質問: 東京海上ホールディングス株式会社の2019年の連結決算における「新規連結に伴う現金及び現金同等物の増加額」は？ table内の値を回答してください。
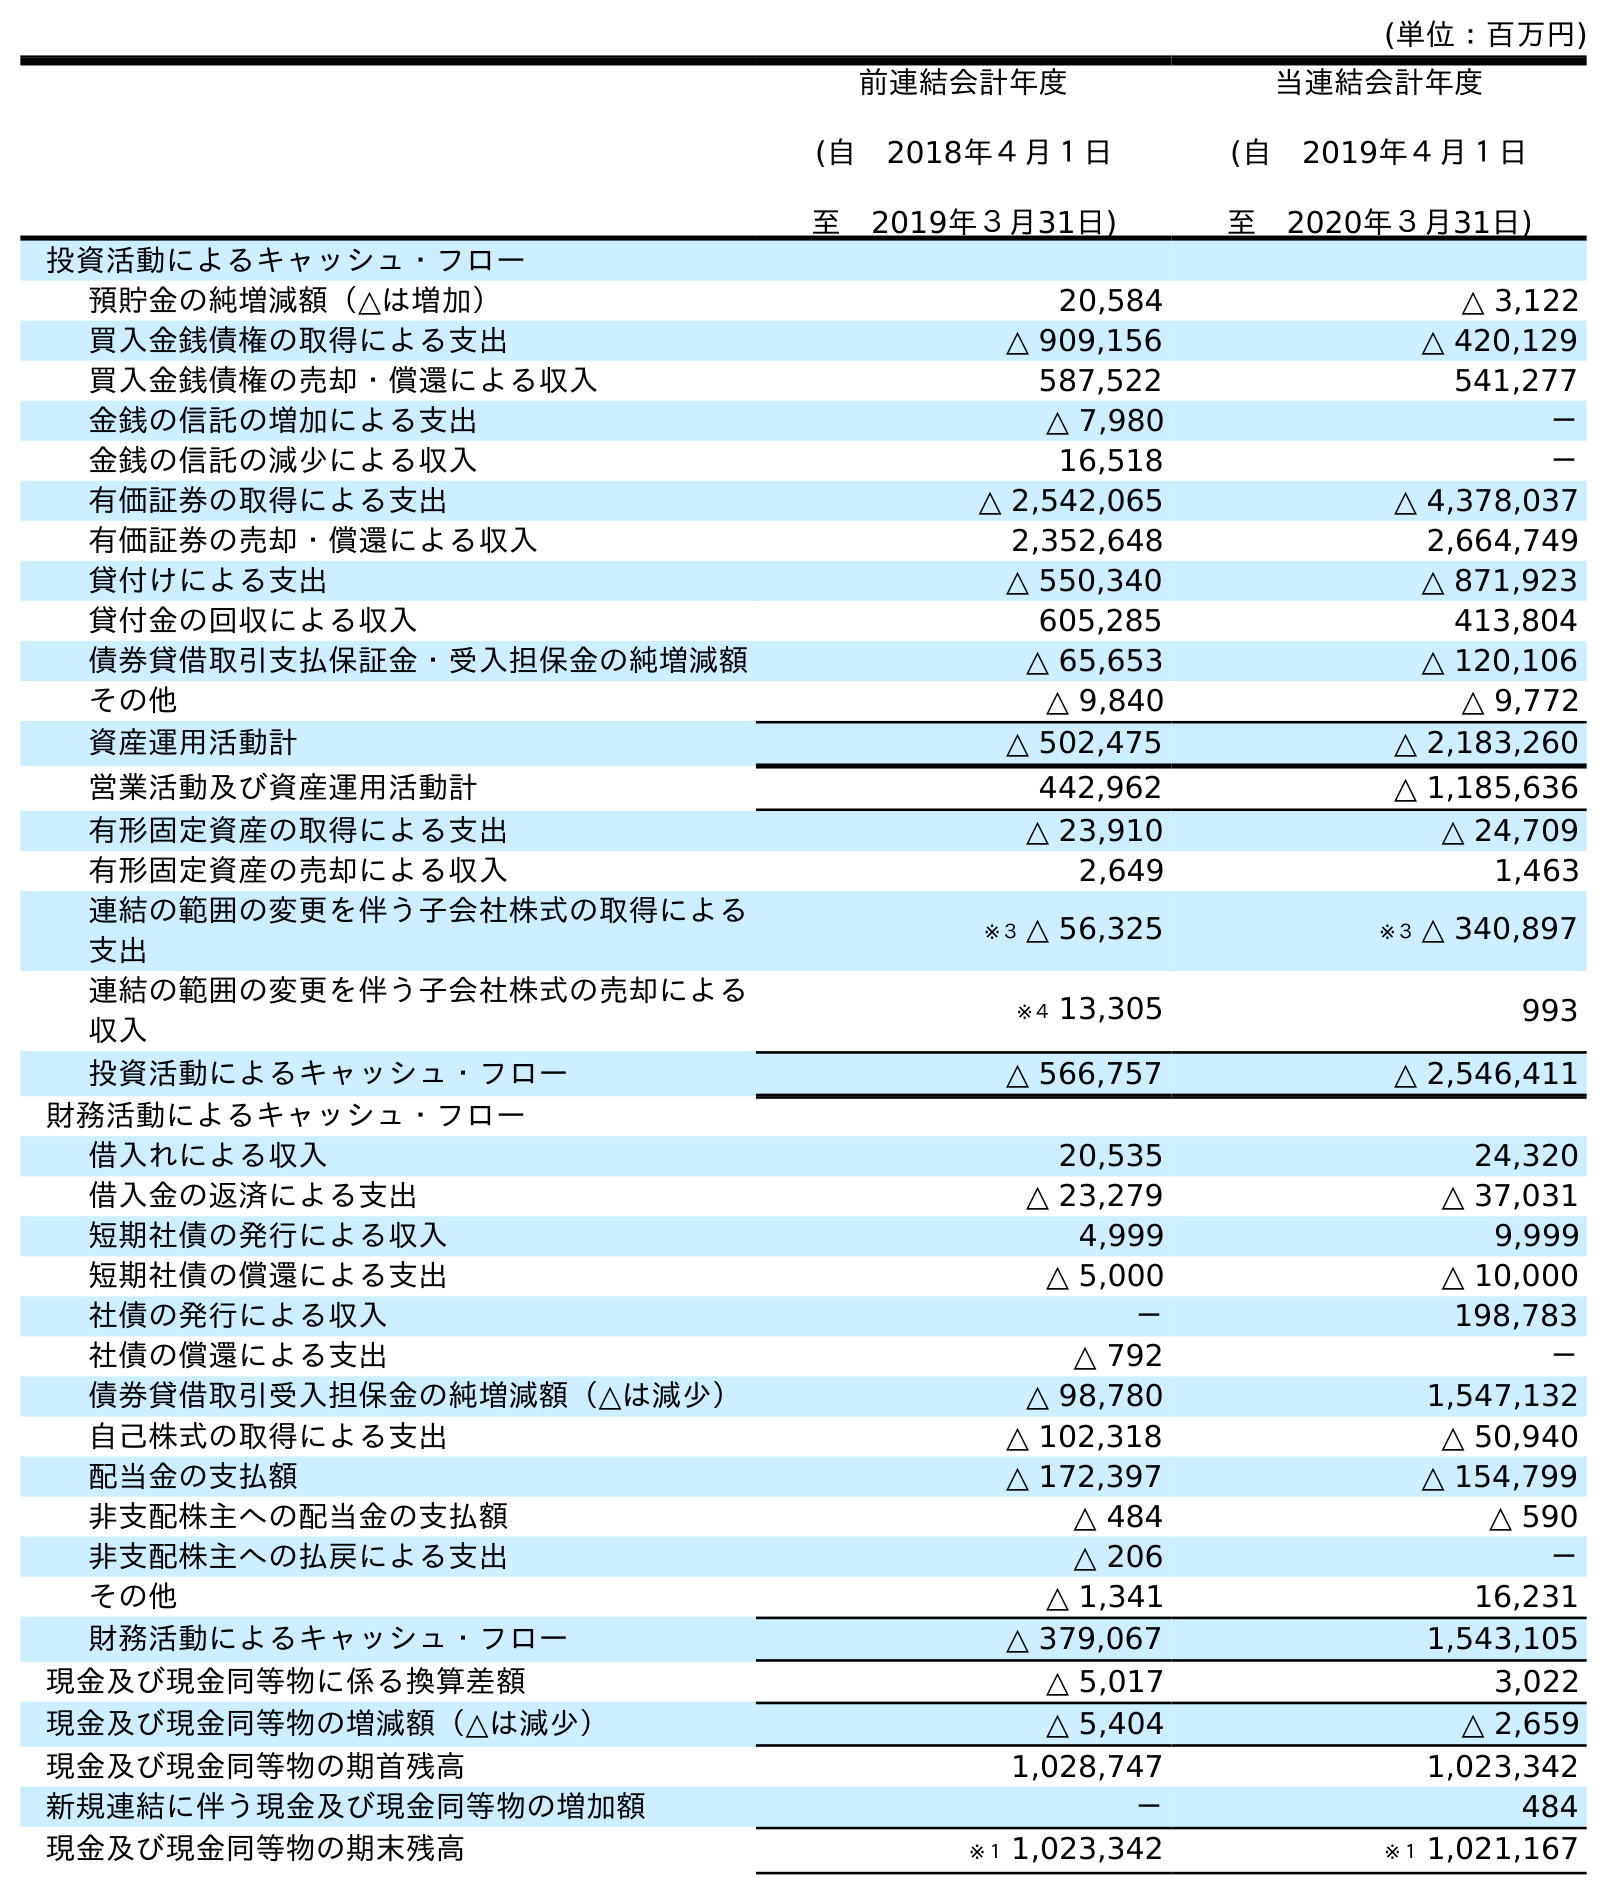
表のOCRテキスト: (単位：百万円) 前連結会計年度 (自 2018年４月１日 至 2019年３月31日) 当連結会計年度 (自 2019年４月１日 至 2020年３月31日) 投資活動によるキャッシュ・フロー 預貯金の純増減額（△は増加） 20,584 △ 3,122 買入金銭債権の取得による支出 △ 909,156 △ 420,129 買入金銭債権の売却・償還による収入 587,522 541,277 金銭の信託の増加による支出 △ 7,980 － 金銭の信託の減少による収入 16,518 － 有価証券の取得による支出 △ 2,542,065 △ 4,378,037 有価証券の売却・償還による収入 2,352,648 2,664,749 貸付けによる支出 △ 550,340 △ 871,923 貸付金の回収による収入 605,285 413,804 債券貸借取引支払保証金・受入担保金の純増減額 △ 65,653 △ 120,106 その他 △ 9,840 △ 9,772 資産運用活動計 △ 502,475 △ 2,183,260 営業活動及び資産運用活動計 442,962 △ 1,185,636 有形固定資産の取得による支出 △ 23,910 △ 24,709 有形固定資産の売却による収入 2,649 1,463 連結の範囲の変更を伴う子会社株式の取得による 支出 ※３ △ 56,325 ※３ △ 340,897 連結の範囲の変更を伴う子会社株式の売却による 収入 ※４ 13,305 993 投資活動によるキャッシュ・フロー △ 566,757 △ 2,546,411 財務活動によるキャッシュ・フロー 借入れによる収入 20,535 24,320 借入金の返済による支出 △ 23,279 △ 37,031 短期社債の発行による収入 4,999 9,999 短期社債の償還による支出 △ 5,000 △ 10,000 社債の発行による収入 － 198,783 社債の償還による支出 △ 792 － 債券貸借取引受入担保金の純増減額（△は減少） △ 98,780 1,547,132 自己株式の取得による支出 △ 102,318 △ 50,940 配当金の支払額 △ 172,397 △ 154,799 非支配株主への配当金の支払額 △ 484 △ 590 非支配株主への払戻による支出 △ 206 － その他 △ 1,341 16,231 財務活動によるキャッシュ・フロー △ 379,067 1,543,105 現金及び現金同等物に係る換算差額 △ 5,017 3,022 現金及び現金同等物の増減額（△は減少） △ 5,404 △ 2,659 現金及び現金同等物の期首残高 1,028,747 1,023,342 新規連結に伴う現金及び現金同等物の増加額 － 484 現金及び現金同等物の期末残高 ※１ 1,023,342 ※１ 1,021,167
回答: －